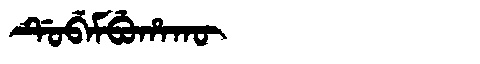
Manchu: ᡩᡠᠪᡝᠮᠪᡠᡥᠠᡴᡡ
Romanization: DUBEMBUHAKŪ